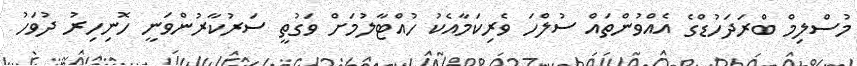
މުސްލިމް ބްރަދަހުޑްގެ އެއްވުންތައް ސުލްހަ ވެރިކަމާއެކު ހުއްޓާލުމަށް ވަގުތީ ސަރުކާރުންވަނީ ހޮނިހިރު ދުވަހު